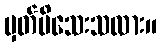
မှတ်မိသေးသလား။